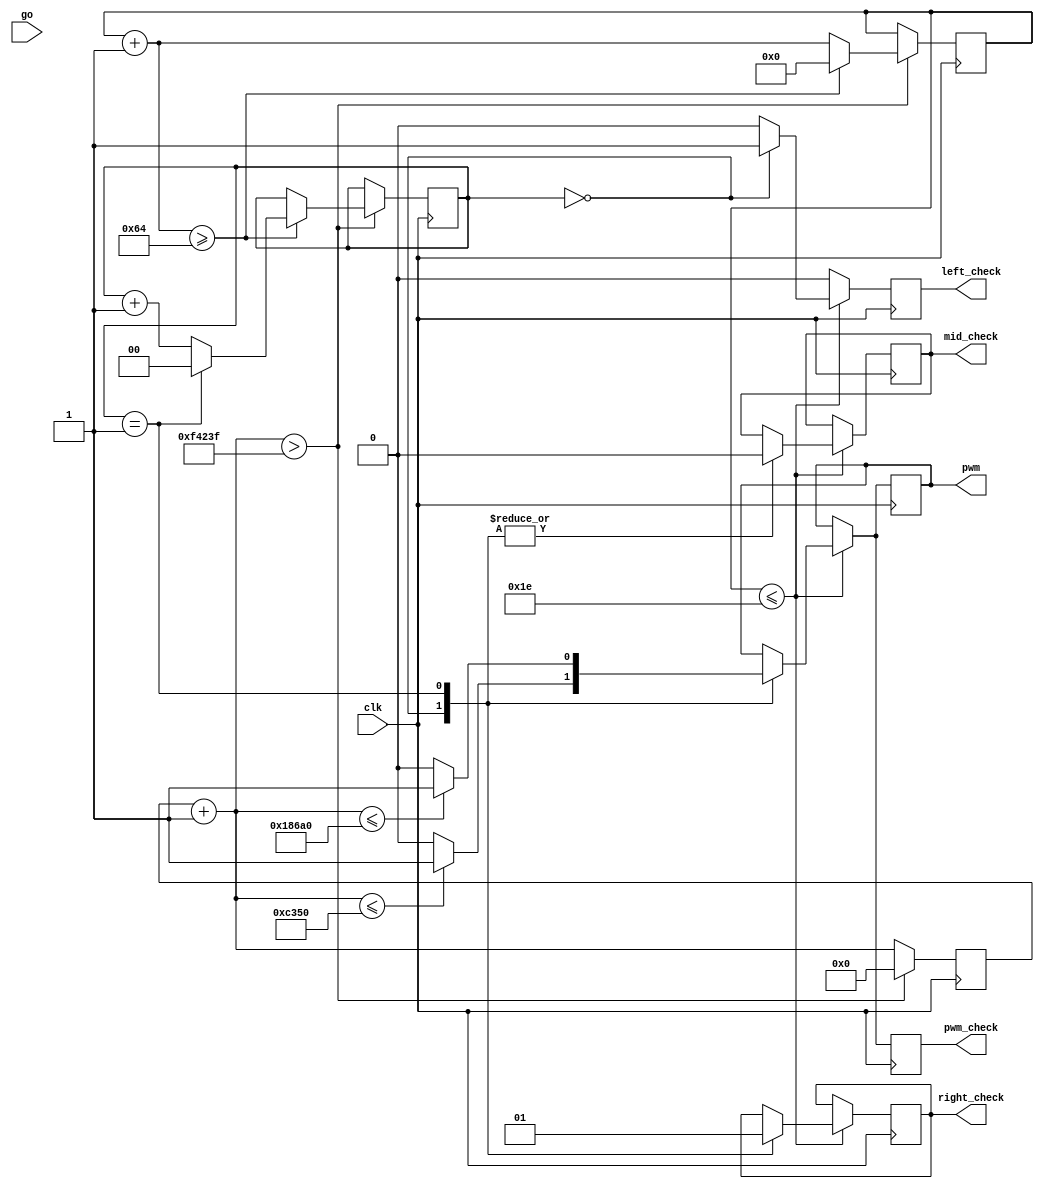
/*********************************
 *
 *  Helpful materials:
 *
 *   http://www.ehow.com/how_5742129_create-module-run-motor-servo.html
 *   Code from project page
 *
 *  ASCII values
 *
 *   M = 77, B = 66
 *   m = 109, b = 98
 *
 *********************************/

module lab2 (clk, go, pwm, pwm_check, left_check, right_check, mid_check);

// Inputs
	input clk, go;
	
// Outputs
	output pwm, pwm_check, left_check, right_check, mid_check;

// Asuming clock  c = 50 MHz therefore clock period = 20 ns
// and 256 steps
// t0 = 20ms, p = t0/c = 1'000'000 - number of clock ticks for one whole cycle
// t1 = 1 ms, P = t1/c = 50'000 - numbder of clock ticks for one 1ms
// lenght = t1 + p/256 * (ASCII value)

// EG of module instantiation
/*
shoot_coin	sc0(.clk(clk),
				.active_in(active),
				.active_out(active));
*/
	
	parameter [16:0] PWM_length_left = 50000; //should be 1 ms
	parameter [16:0] PWM_length_mid = 75000; //should be 1.5 ms
	parameter [16:0] PWM_length_right = 100000; //should be 2 ms
	
	reg [20:0] counter = 0;
	reg [9:0] cycleCounterIncreaser = 0;
	reg [1:0] cycleCounter = 0;
	reg pwm;
	reg mid_check, left_check, right_check, pwm_check;
	

	
	always @(posedge clk) begin
		counter = counter+1; // Increase steps counter
		left_check = 0;
		
		if(cycleCounterIncreaser <= 30) begin
			case (cycleCounter)
				0: begin
					left_check = 1;
					mid_check = 0;
					right_check = 0;
					if (counter <= PWM_length_left) pwm = 1;
					else pwm = 0;
				end
				
				1: begin
					left_check = 0;
					mid_check = 0;
					right_check = 1;
					if (counter <= PWM_length_right) pwm = 1;
					else pwm = 0;
				end
			endcase
		end
		// When full cycle complete, go from beginning, increse cycle counter
		if (counter > 999999) begin
			counter = 0;
			cycleCounterIncreaser = cycleCounterIncreaser+1;
			if (cycleCounterIncreaser >= 100) begin
				if (cycleCounter == 1) cycleCounter = 0;
				else cycleCounter = cycleCounter+1;
				cycleCounterIncreaser = 0;
			end
		end
		pwm_check <= pwm;
	end

endmodule